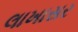
લાખાસર